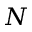
N